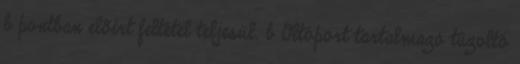
b pontban elõírt feltétel teljesül. b Oltóport tartalmazó tûzoltó